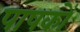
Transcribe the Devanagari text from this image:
पाषकों